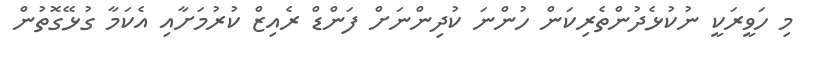
މި ހަވީރަކީ ނުކުޅެދުންތެރިކަން ހުންނަ ކުދިންނަށް ފަންޑް ރެއިޒް ކުރުމަށާއި އެކަމާ ގުޅޭގޮތުން